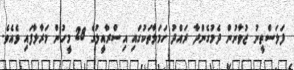
ފަލަސްތީނު ޒުވާނުން ދެމުގެންދާ ރައްދު ހަމަލާތަކުގައި އިސްރާއީލުގެ 28 މީހުން މަރާލާފައި ވެއެވެ.